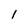
Character: 1